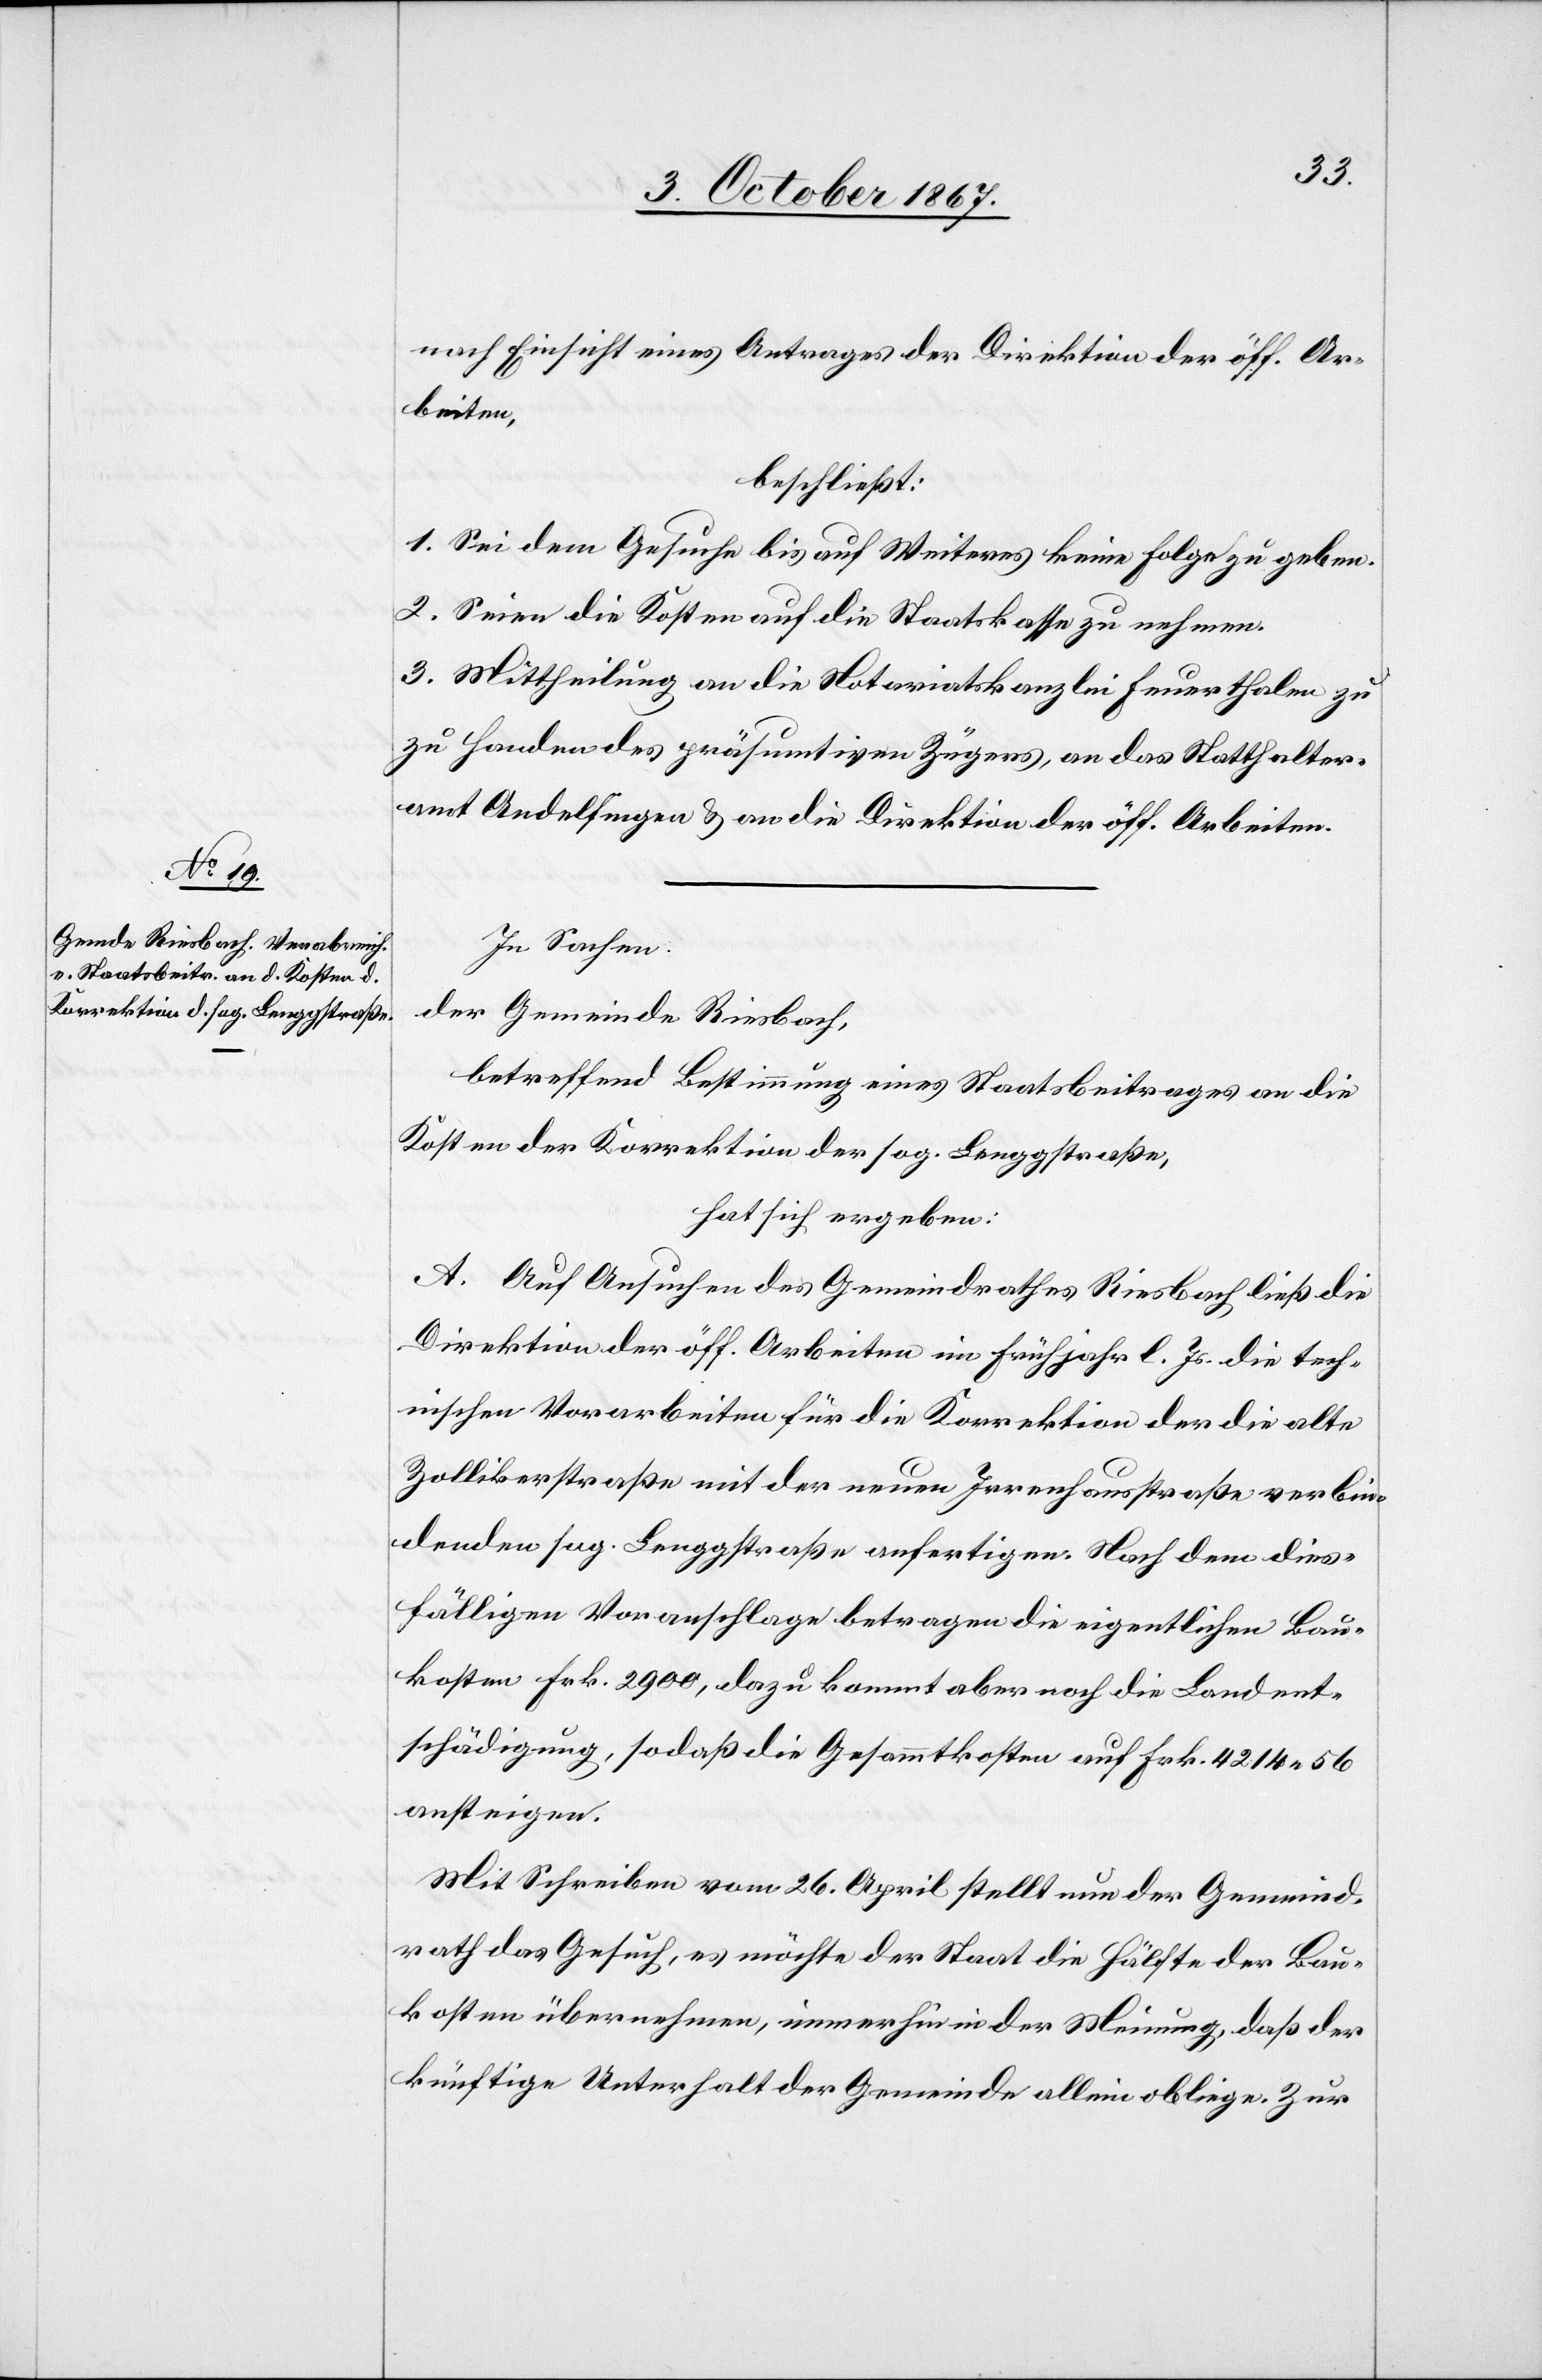
nach Einsicht eines Antrages der Direktion der öff. Ar¬
beiten,
beschließt:
1. Sei dem Gesuche bis auf Weiteres keine Folge zu geben.
2. Seien die Kosten auf die Staatskasse zu nehmen.
3. Mittheilung an die Notariatskanzlei Feuerthalen zu
Handen des präsumtiven Zügers, an das Statthalter¬
amt Andelfingen u. an die Direktion der öff. Arbeiten.
In Sachen
der Gemeinde Riesbach,
betreffend Bestimmung eines Staatsbeitrages an die
Kosten der Korrektion der sog. Bergstraße,
hat sich ergeben:
A. Auf Ansuchen des Gemeindrathes Riesbach ließ die
Direktion der öff. Arbeiten im Frühjahr l. Js. die tech¬
nischen Vorarbeiten für die Korrektion der die alte
Zollikerstraße mit der neuen Irrenhausstraße verbin¬
denden sog. Bergstraße anfertigen. Nach dem dies¬
fälligen Voranschlage betragen die eigentlichen Bau¬
kosten Frk. 2900, dazu kommt aber noch die Landent¬
schädigung, sodaß die Gesammtkosten auf Frk. 4214.56
ansteigen.
Mit Schreiben vom 26. April stellt nun der Gemeind¬
rath das Gesuch, es möchte der Staat die Hälfte der Bau¬
kosten übernehmen, immerhin in der Meinung, daß der
künftige Unterhalt der Gemeinde allein obliege. Zur